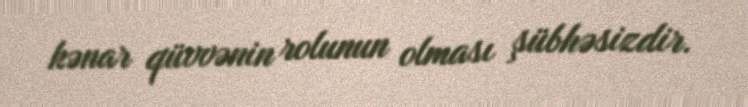
kənar qüvvənin rolunun olması şübhəsizdir.